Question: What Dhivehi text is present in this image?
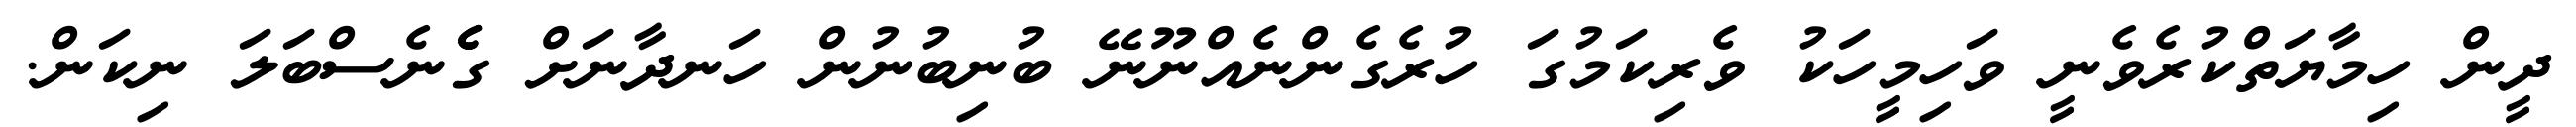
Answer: ދީން ހިމާޔަތްކުރެވެނީ ވަހިމީހަކު ވެރިކަމުގަ ހުރެގެންނެއްނޫނޭ ބުނިބުނުން ހަނދާނަށް ގެެެނެސްބަލަ ނިކަން.